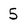
Character: 5